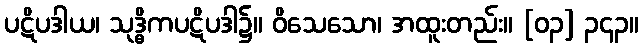
ပဋိပဒါယ၊ သုဒ္ဓိကပဋိပဒါ၌။ ဝိသေသော၊ အထူးတည်း။ [၀၃] ၃၄၃။